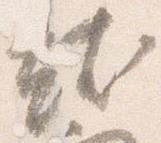
就